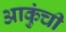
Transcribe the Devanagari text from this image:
आकुंची